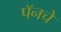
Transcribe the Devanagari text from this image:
पॅनचे